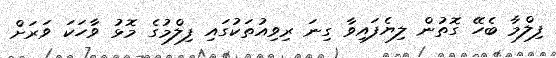
ފިލްމާ ބެހޭ ގޮތުން ލިޔެފައިވާ ގިނަ ރިވިއުތަކުގައި ފިލްމުގެ މޮޅު ވާހަކަ ވަރަށް